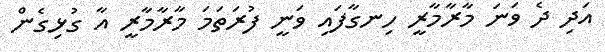
އަދި ދެ ވަނަ މާރާމާރީ ހިނގާފައި ވަނީ ފުރަތަމަ މާރާމާރީ އާ ގުޅިގެން